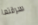
سرقتها